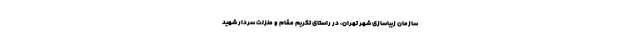
سازمان زیباسازی شهر تهران، در راستای تکریم مقام و منزلت سردار شهید